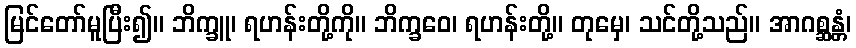
မြင်တော်မူပြီး၍။ ဘိက္ခူ၊ ရဟန်းတို့ကို။ ဘိက္ခဝေ၊ ရဟန်းတို့။ တုမှေ၊ သင်တို့သည်။ အာဂစ္ဆန္တံ၊